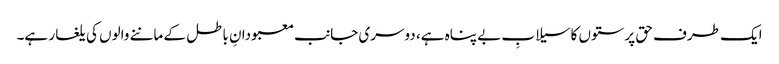
ایک طرف حق پرستوں کاسیلابِ بے پناہ ہے، دوسری جانب معبودانِ باطل کے ماننے والوں کی یلغار ہے۔